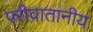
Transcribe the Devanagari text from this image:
परीवातानीय